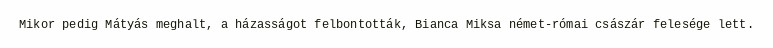
Mikor pedig Mátyás meghalt, a házasságot felbontották, Bianca Miksa német-római császár felesége lett.